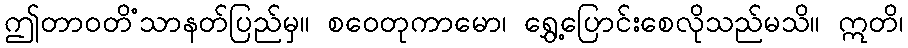
ဤတာဝတိံသာနတ်ပြည်မှ။ စဝေတုကာမော၊ ရွှေ့ပြောင်းစေလိုသည်မသိ။ ဣတိ၊